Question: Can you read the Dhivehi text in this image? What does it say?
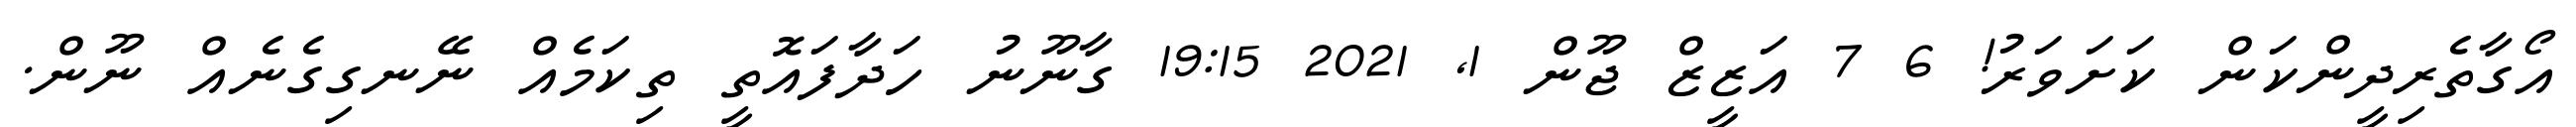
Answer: އޯގާތެރިދީންކަން ކަށަވަރު! 6 7 އަޒީޒް ޖޫން 1, 2021 19:15 ގާނޫނު ހަދާފައޮތީ ތިކަމެއް ނޭނގިގެނެއް ނޫން.